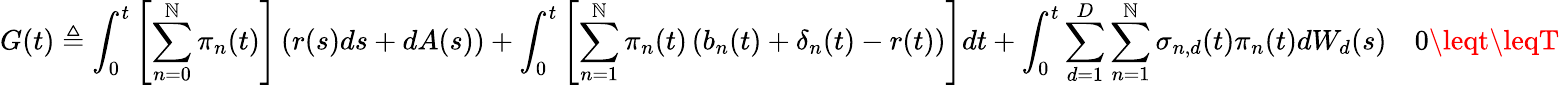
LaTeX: G(t)\triangleq\int_{0}^{t}\left[\sum_{n=0}^{\mathbb{N}}\pi_{n}(t)\right]\left(r(s)ds+dA(s)\right)+\int_{0}^{t}\left[\sum_{n=1}^{\mathbb{N}}\pi_{n}(t)\left(b_{n}(t)+\mathbf{{\delta}}_{n}(t)-r(t)\right)\right]dt+\int_{0}^{t}\sum_{d=1}^{D}\sum_{n=1}^{\mathbb{N}}\mathbf{{\sigma}}_{n,d}(t)\pi_{n}(t)dW_{d}(s)\quad0\leqt\leqT